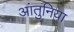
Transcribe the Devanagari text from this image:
आंतुनिया